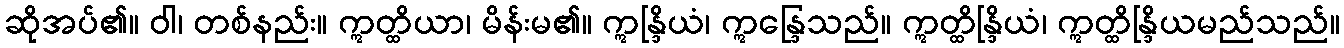
ဆိုအပ်၏။ ဝါ၊ တစ်နည်း။ ဣတ္ထိယာ၊ မိန်းမ၏။ ဣန္ဒြိယံ၊ ဣန္ဒြေသည်။ ဣတ္ထိန္ဒြိယံ၊ ဣတ္ထိန္ဒြိယမည်သည်။